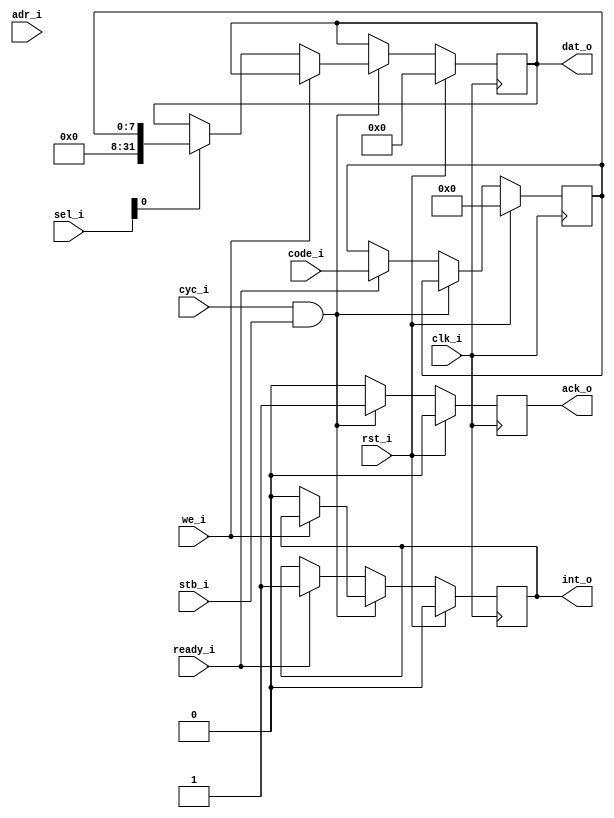
module kb_core(
		input  clk_i,
		input  rst_i,
		input  stb_i,
		input  cyc_i,
		input  we_i,
		input [3:0] sel_i,
		output ack_o,
		output int_o,
		input  ready_i,
		input [31:0] adr_i,
		output[31:0] dat_o,
		input [7:0]  code_i
);

	reg intr;
	reg ack;
	reg [31:0] data_output;
	reg [7:0] scan_code;
	
	wire cs_i = cyc_i & stb_i;
	always@(posedge clk_i)
	begin
		if(rst_i)
			begin
				scan_code <= 0;
				intr  <= 0;
				ack <= 0;
				data_output <= 0;
			end
		else
			if(cs_i)
				begin
					if(!we_i)  //bus read
						begin
							if(sel_i[0])   //adr_i 0x0
								data_output<={24'b0,scan_code};	//data register    @0x4
								intr<=0;
						end
					ack <= 1'b1;
				end
			else
				begin
					ack <= 1'b0;
					if(ready_i)
						begin
							scan_code <= code_i;
							intr <= 1'b1;
						end	
				end
	end

	assign int_o = intr;
	assign ack_o = ack;
	assign dat_o = data_output;
endmodule